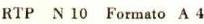
RTP N 10 Formato A4